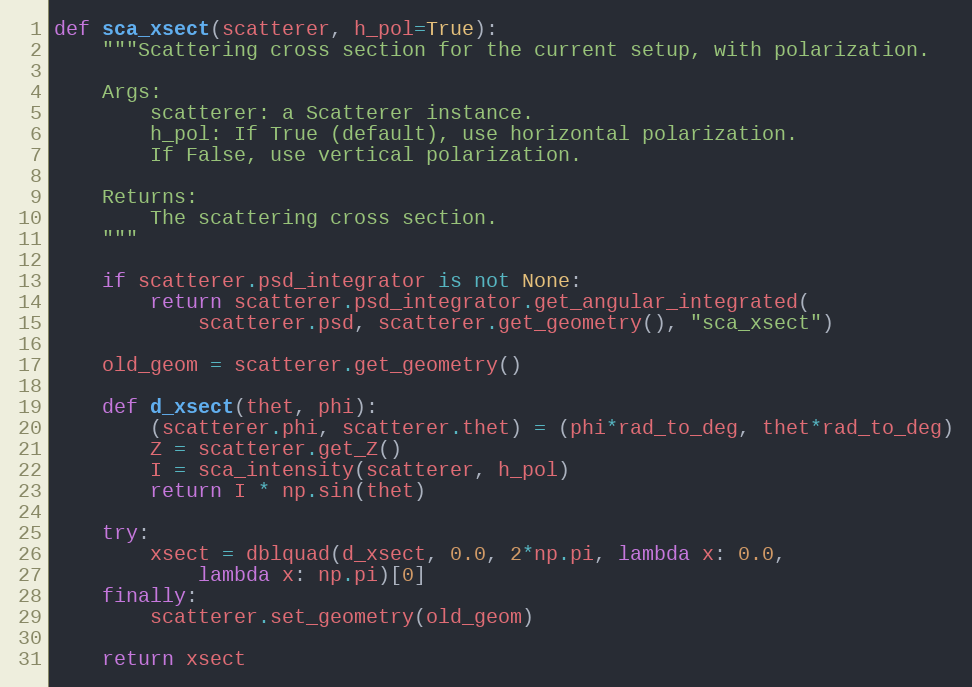
Language: Python
def sca_xsect(scatterer, h_pol=True):
    """Scattering cross section for the current setup, with polarization.

    Args:
        scatterer: a Scatterer instance.
        h_pol: If True (default), use horizontal polarization.
        If False, use vertical polarization.

    Returns:
        The scattering cross section.
    """

    if scatterer.psd_integrator is not None:
        return scatterer.psd_integrator.get_angular_integrated(
            scatterer.psd, scatterer.get_geometry(), "sca_xsect")

    old_geom = scatterer.get_geometry()

    def d_xsect(thet, phi):
        (scatterer.phi, scatterer.thet) = (phi*rad_to_deg, thet*rad_to_deg)
        Z = scatterer.get_Z()
        I = sca_intensity(scatterer, h_pol)
        return I * np.sin(thet)

    try:
        xsect = dblquad(d_xsect, 0.0, 2*np.pi, lambda x: 0.0,
            lambda x: np.pi)[0]
    finally:
        scatterer.set_geometry(old_geom)

    return xsect